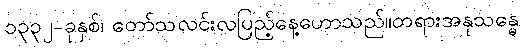
၁၃၃၂-ခုနှစ်၊ တော်သလင်းလပြည့်နေ့ဟောသည်။တရားအနုသန္ဓေ